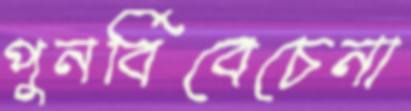
পুনর্বিবেচেনা